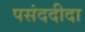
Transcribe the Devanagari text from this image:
पसंददीदा